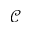
\mathcal { C }